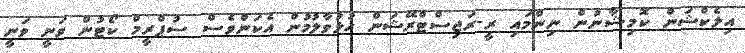
އިލެކްޝަން ކޮމިޝާނުން ނިންމައި ރީ-ރަޖިސްޓްރޭޝަން ހުޅުވާލުމުން އެކަންވެސް ސުޕްރީމް ކޯޓުން ވަނީ ވަނީ